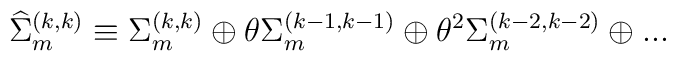
{\widehat \Sigma}_{m}^{(k,k)} \equiv \Sigma _{m}^{(k,k)} \oplus \theta\Sigma _{m}^{(k-1,k-1)} \oplus \theta^{2}{\Sigma}_{m}^{(k-2,k-2)} \oplus...